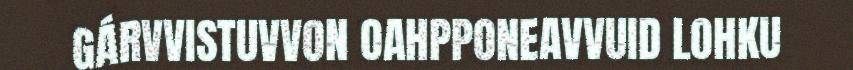
GÁRVVISTUVVON OAHPPONEAVVUID LOHKU